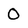
Character: 0